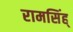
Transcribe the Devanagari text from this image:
रामसिंह्